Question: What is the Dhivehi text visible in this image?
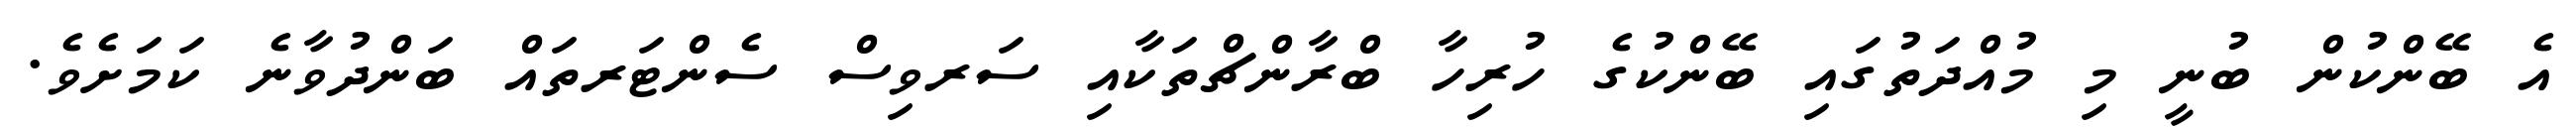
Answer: އެ ބޭންކުން ބުނީ މި މުއްދަތުގައި ބޭންކުގެ ހުރިހާ ބްރާންޗްތަކާއި ސަރވިސް ސެންޓަރތައް ބަންދުވާނެ ކަމަށެވެ.